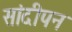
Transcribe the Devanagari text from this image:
सांदीपन